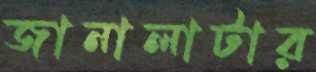
জানালাটার